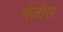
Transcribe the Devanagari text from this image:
मेंज़ीस